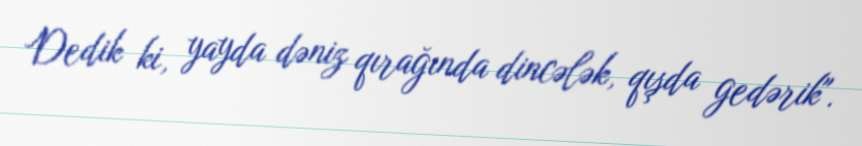
Dedik ki, yayda dəniz qırağında dincələk, qışda gedərik".